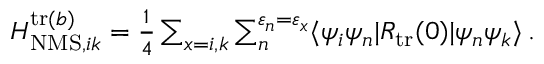
\begin{array} { r } { H _ { \mathrm { N M S } , i k } ^ { \mathrm { t r } ( b ) } = \frac { 1 } { 4 } \sum _ { x = i , k } \sum _ { n } ^ { \varepsilon _ { n } = \varepsilon _ { x } } \ensuremath { \langle \psi _ { i } \psi _ { n } | } { R } _ { \mathrm { t r } } ( 0 ) \ensuremath { | \psi _ { n } \psi _ { k } \rangle } \, . } \end{array}